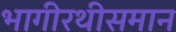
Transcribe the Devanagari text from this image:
भागीरथीसमान